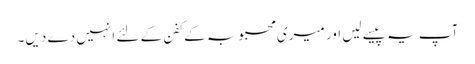
آپ یہ پیسے لیں اور میری محبوبہ کے کفن کے لئے انہیں دے دیں۔